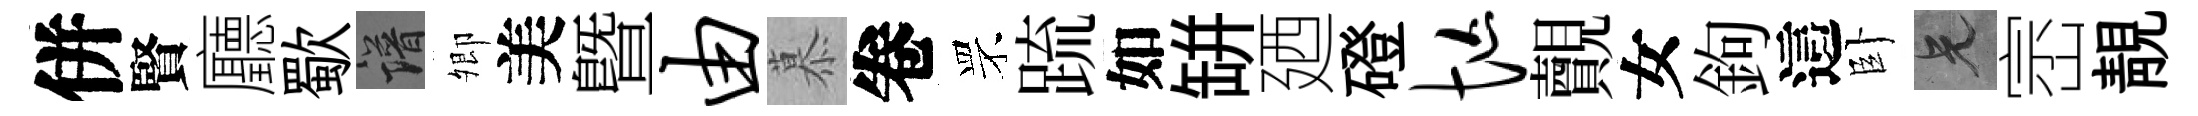
併賢廳歜譜𡖖美曁由慕卷罘䟽如缾廼磴忙覿女鉤這卧兄崈靚